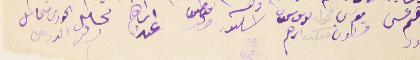
اىراهم عسى عىود  موسى قسطون ىوسف سمعان اىرهم اسكندر اعناطىوس حصر ابراهيم عىد  مخاىل الحورى محايل الدرىىى